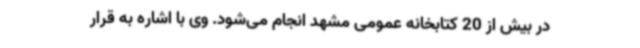
در بیش از 20 کتابخانه عمومی مشهد انجام می‌شود. وی با اشاره به قرار